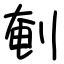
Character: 剦